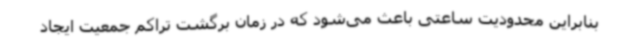
بنابراین محدودیت ساعتی باعث می‌شود که در زمان برگشت تراکم جمعیت ایجاد